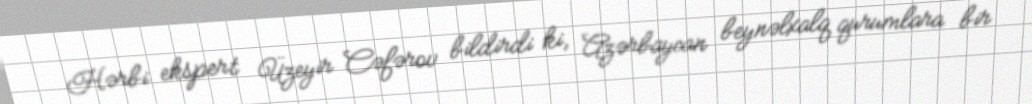
Hərbi ekspert Üzeyir Cəfərov bildirdi ki, Azərbaycan beynəlxalq qurumlara bir